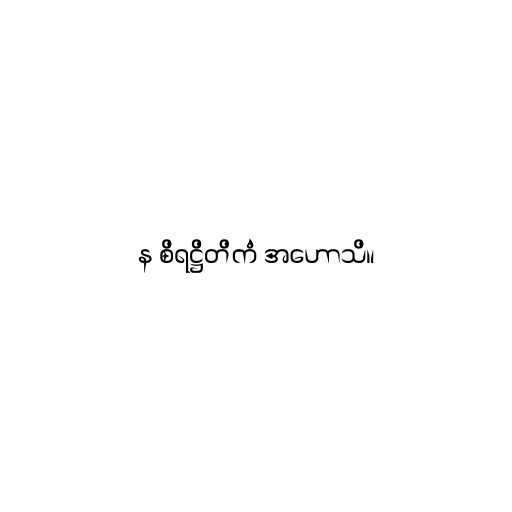
န စိရဋ္ဌိတိကံ အဟောသိ။